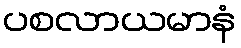
ပစလာယမာနံ